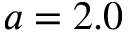
a = 2 . 0